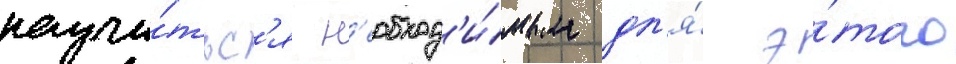
научи́тьс'я н'еобход'и́мым дл'я́ э́того